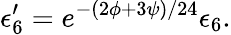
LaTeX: \epsilon_{6}^{\prime}=e^{-(2\phi+3\psi)/24}\epsilon_{6}.